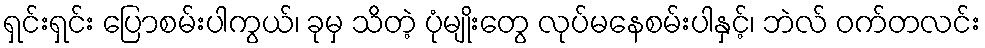
ရှင်းရှင်း ပြောစမ်းပါကွယ်၊ ခုမှ သိတဲ့ ပုံမျိုးတွေ လုပ်မနေစမ်းပါနှင့်၊ ဘဲလ် ဝက်တလင်း